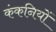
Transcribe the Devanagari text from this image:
कंकनियों